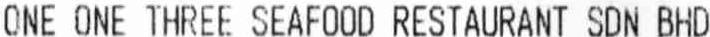
ONE ONE THREE SEAFOOD RESTAURANT SDN BHD